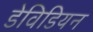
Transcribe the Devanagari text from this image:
डेविडियन